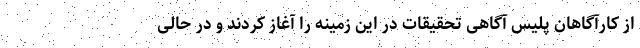
از کارآگاهان پلیس آگاهی تحقیقات در این زمینه را آغاز کردند و در حالی